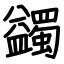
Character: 蠲